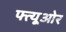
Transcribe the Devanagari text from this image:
फ्त्यूओर